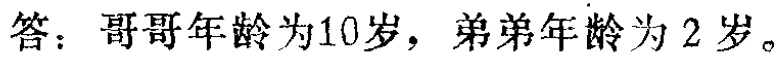
答：哥哥年龄为10岁，弟弟年龄为2岁。